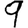
Digit: 9